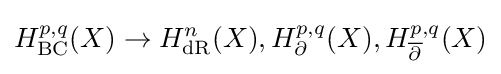
H_{\mathrm {BC} }^{p,q}(X)\rightarrow H_{\mathrm {dR} }^{n}(X),H_{\partial }^{p,q}(X),H_{\overline {\partial }}^{p,q}(X)